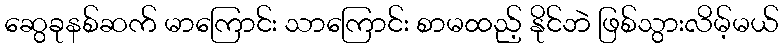
ဆွေခုနစ်ဆက် မာကြောင်း သာကြောင်း စာမထည့် နိုင်ဘဲ ဖြစ်သွားလိမ့်မယ်